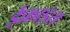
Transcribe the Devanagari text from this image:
ईफ़ाइरा